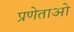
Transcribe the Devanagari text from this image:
प्रणेताओ